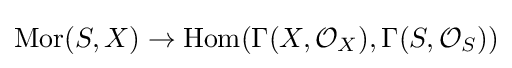
\operatorname {Mor} (S,X)\to \operatorname {Hom} (\Gamma (X,{\mathcal {O}}_{X}),\Gamma (S,{\mathcal {O}}_{S}))